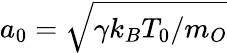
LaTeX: a_{0}=\sqrt{\gamma k_{B}T_{0}/m_{O}}